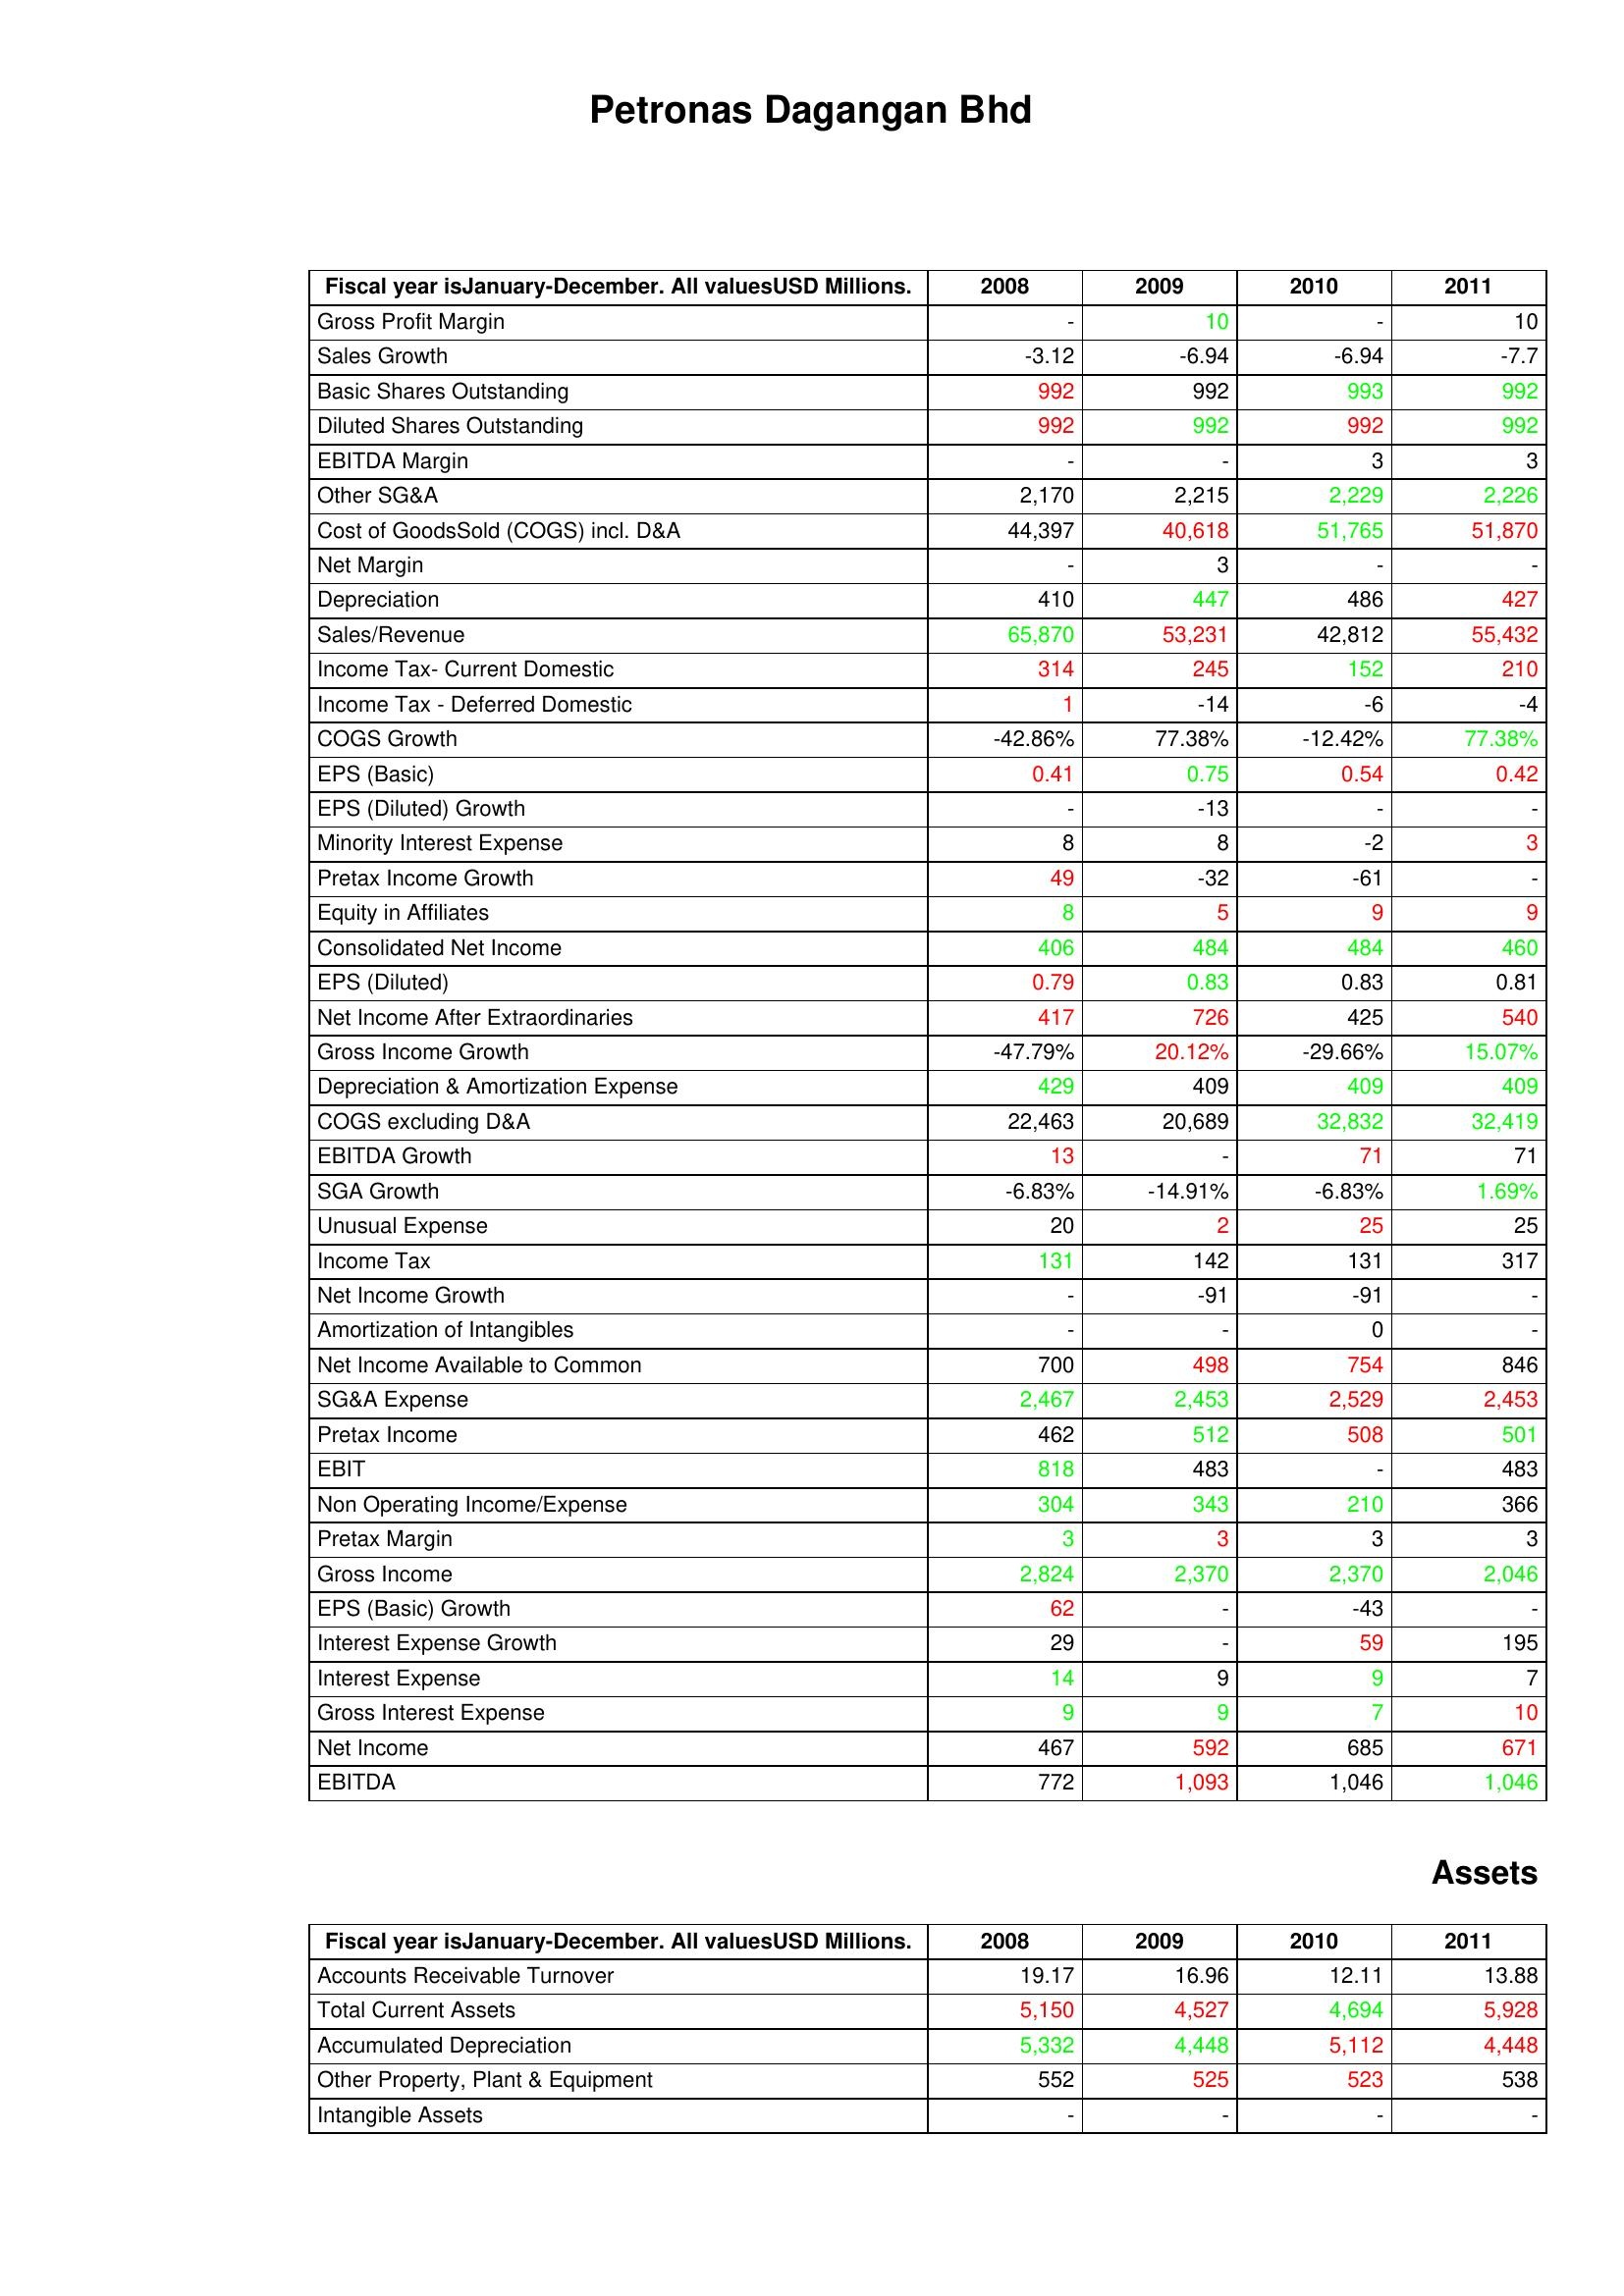
gt_parse: 2008: : Gross Profit Margin: -
Sales Growth: -3.12
Basic Shares Outstanding: 992
Diluted Shares Outstanding: 992
EBITDA Margin: -
Other SG&A: 2,170
Cost of GoodsSold (COGS) incl. D&A: 44,397
Net Margin: -
Depreciation: 410
Sales/Revenue: 65,870
Income Tax- Current Domestic: 314
Income Tax - Deferred Domestic: 1
COGS Growth: -42.86%
EPS (Basic): 0.41
EPS (Diluted) Growth: -
Minority Interest Expense: 8
Pretax Income Growth: 49
Equity in Affiliates: 8
Consolidated Net Income: 406
EPS (Diluted): 0.79
Net Income After Extraordinaries: 417
Gross Income Growth: -47.79%
Depreciation & Amortization Expense: 429
COGS excluding D&A: 22,463
EBITDA Growth: 13
SGA Growth: -6.83%
Unusual Expense: 20
Income Tax: 131
Net Income Growth: -
Amortization of Intangibles: -
Net Income Available to Common: 700
SG&A Expense: 2,467
Pretax Income: 462
EBIT: 818
Non Operating Income/Expense: 304
Pretax Margin: 3
Gross Income: 2,824
EPS (Basic) Growth: 62
Interest Expense Growth: 29
Interest Expense: 14
Gross Interest Expense: 9
Net Income: 467
EBITDA: 772
Assets: Accounts Receivable Turnover: 19.17
Total Current Assets: 5,150
Accumulated Depreciation: 5,332
Other Property, Plant & Equipment: 552
Intangible Assets: -
2009: : Gross Profit Margin: 10
Sales Growth: -6.94
Basic Shares Outstanding: 992
Diluted Shares Outstanding: 992
EBITDA Margin: -
Other SG&A: 2,215
Cost of GoodsSold (COGS) incl. D&A: 40,618
Net Margin: 3
Depreciation: 447
Sales/Revenue: 53,231
Income Tax- Current Domestic: 245
Income Tax - Deferred Domestic: -14
COGS Growth: 77.38%
EPS (Basic): 0.75
EPS (Diluted) Growth: -13
Minority Interest Expense: 8
Pretax Income Growth: -32
Equity in Affiliates: 5
Consolidated Net Income: 484
EPS (Diluted): 0.83
Net Income After Extraordinaries: 726
Gross Income Growth: 20.12%
Depreciation & Amortization Expense: 409
COGS excluding D&A: 20,689
EBITDA Growth: -
SGA Growth: -14.91%
Unusual Expense: 2
Income Tax: 142
Net Income Growth: -91
Amortization of Intangibles: -
Net Income Available to Common: 498
SG&A Expense: 2,453
Pretax Income: 512
EBIT: 483
Non Operating Income/Expense: 343
Pretax Margin: 3
Gross Income: 2,370
EPS (Basic) Growth: -
Interest Expense Growth: -
Interest Expense: 9
Gross Interest Expense: 9
Net Income: 592
EBITDA: 1,093
Assets: Accounts Receivable Turnover: 16.96
Total Current Assets: 4,527
Accumulated Depreciation: 4,448
Other Property, Plant & Equipment: 525
Intangible Assets: -
2010: : Gross Profit Margin: -
Sales Growth: -6.94
Basic Shares Outstanding: 993
Diluted Shares Outstanding: 992
EBITDA Margin: 3
Other SG&A: 2,229
Cost of GoodsSold (COGS) incl. D&A: 51,765
Net Margin: -
Depreciation: 486
Sales/Revenue: 42,812
Income Tax- Current Domestic: 152
Income Tax - Deferred Domestic: -6
COGS Growth: -12.42%
EPS (Basic): 0.54
EPS (Diluted) Growth: -
Minority Interest Expense: -2
Pretax Income Growth: -61
Equity in Affiliates: 9
Consolidated Net Income: 484
EPS (Diluted): 0.83
Net Income After Extraordinaries: 425
Gross Income Growth: -29.66%
Depreciation & Amortization Expense: 409
COGS excluding D&A: 32,832
EBITDA Growth: 71
SGA Growth: -6.83%
Unusual Expense: 25
Income Tax: 131
Net Income Growth: -91
Amortization of Intangibles: 0
Net Income Available to Common: 754
SG&A Expense: 2,529
Pretax Income: 508
EBIT: -
Non Operating Income/Expense: 210
Pretax Margin: 3
Gross Income: 2,370
EPS (Basic) Growth: -43
Interest Expense Growth: 59
Interest Expense: 9
Gross Interest Expense: 7
Net Income: 685
EBITDA: 1,046
Assets: Accounts Receivable Turnover: 12.11
Total Current Assets: 4,694
Accumulated Depreciation: 5,112
Other Property, Plant & Equipment: 523
Intangible Assets: -
2011: : Gross Profit Margin: 10
Sales Growth: -7.7
Basic Shares Outstanding: 992
Diluted Shares Outstanding: 992
EBITDA Margin: 3
Other SG&A: 2,226
Cost of GoodsSold (COGS) incl. D&A: 51,870
Net Margin: -
Depreciation: 427
Sales/Revenue: 55,432
Income Tax- Current Domestic: 210
Income Tax - Deferred Domestic: -4
COGS Growth: 77.38%
EPS (Basic): 0.42
EPS (Diluted) Growth: -
Minority Interest Expense: 3
Pretax Income Growth: -
Equity in Affiliates: 9
Consolidated Net Income: 460
EPS (Diluted): 0.81
Net Income After Extraordinaries: 540
Gross Income Growth: 15.07%
Depreciation & Amortization Expense: 409
COGS excluding D&A: 32,419
EBITDA Growth: 71
SGA Growth: 1.69%
Unusual Expense: 25
Income Tax: 317
Net Income Growth: -
Amortization of Intangibles: -
Net Income Available to Common: 846
SG&A Expense: 2,453
Pretax Income: 501
EBIT: 483
Non Operating Income/Expense: 366
Pretax Margin: 3
Gross Income: 2,046
EPS (Basic) Growth: -
Interest Expense Growth: 195
Interest Expense: 7
Gross Interest Expense: 10
Net Income: 671
EBITDA: 1,046
Assets: Accounts Receivable Turnover: 13.88
Total Current Assets: 5,928
Accumulated Depreciation: 4,448
Other Property, Plant & Equipment: 538
Intangible Assets: -